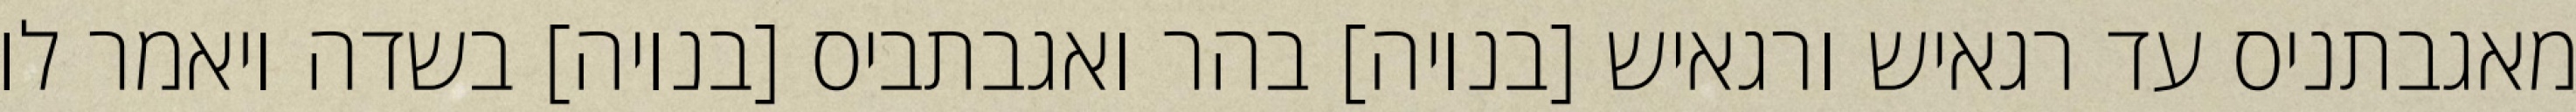
מאגבתניס עד רגאיש ורגאיש [בנויה] בהר ואגבתביס [בנויה] בשדה ויאמר לו